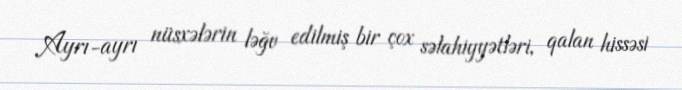
Ayrı-ayrı nüsxələrin ləğv edilmiş bir çox səlahiyyətləri, qalan hissəsi